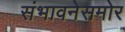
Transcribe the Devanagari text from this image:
संभावनेसमोर